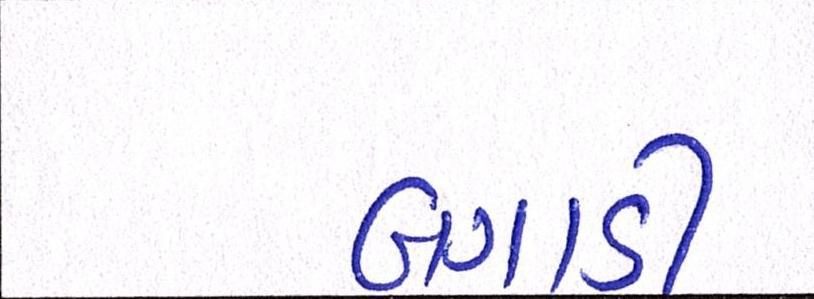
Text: બગાડી